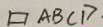
\square A B C D